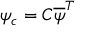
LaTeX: \psi _ { c } = C { \overline { { \psi } } } ^ { T }